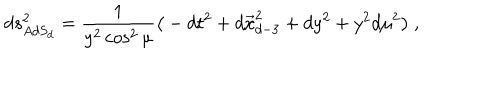
d s _ { A d S _ { d } } ^ { 2 } = { \frac { 1 } { y ^ { 2 } \cos ^ { 2 } \mu } } \big ( - d t ^ { 2 } + d \vec { x } _ { d - 3 } ^ { 2 } + d y ^ { 2 } + y ^ { 2 } d \mu ^ { 2 } \big ) \ ,